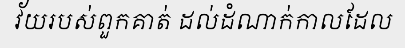
វ័យរបស់ពួកគាត់ ដល់ដំណាក់កាលដែល